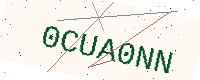
Text: 0CUA0NN